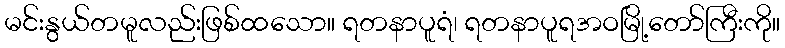
မင်းနွယ်တမူလည်းဖြစ်ထသော။ ရတနာပူရံ၊ ရတနာပူရအဝမြို့တော်ကြီးကို။